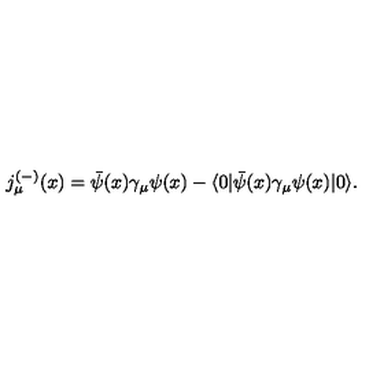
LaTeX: j _ { \mu } ^ { ( - ) } ( x ) = \bar { \psi } ( x ) \gamma _ { \mu } \psi ( x ) - \langle 0 | \bar { \psi } ( x ) \gamma _ { \mu } \psi ( x ) | 0 \rangle .